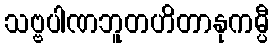
သဗ္ဗပါဏဘူတဟိတာနုကမ္ပီ